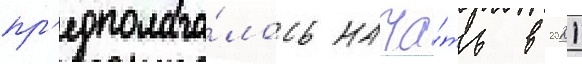
пр'едполага́лось нача́ть в 2021